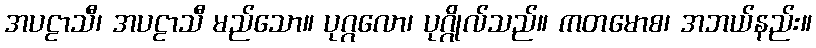
အပဠာသီ၊ အပဠာသီ မည်သော။ ပုဂ္ဂလော၊ ပုဂ္ဂိုလ်သည်။ ကတမောစ၊ အဘယ်နည်း။